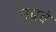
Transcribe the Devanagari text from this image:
नबवे